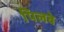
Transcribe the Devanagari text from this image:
पिलवे